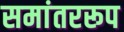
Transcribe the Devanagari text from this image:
समांतररूप